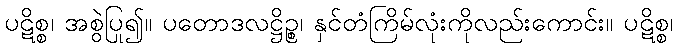
ပဋိစ္စ၊ အစွဲပြု၍။ ပတောဒလဋ္ဌိဉ္စ၊ နှင်တံကြိမ်လုံးကိုလည်းကောင်း။ ပဋိစ္စ၊